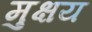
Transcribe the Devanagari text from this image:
मुक्षय